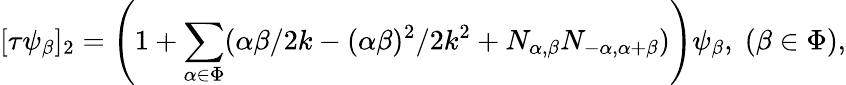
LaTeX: [\tau\psi_{\beta}]_{2}=\left(1+\sum_{\alpha\in\Phi}(\alpha\beta/2k-(\alpha\beta)^{2}/2k^{2}+N_{\alpha,\beta}N_{-\alpha,\alpha+\beta})\right)\psi_{\beta},\; (\beta\in\Phi),